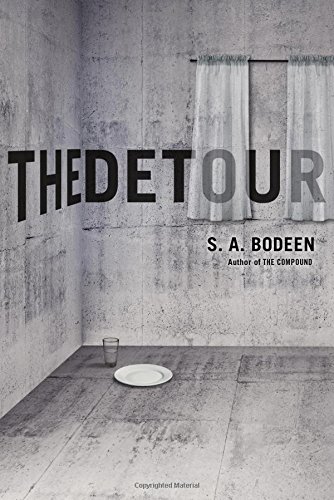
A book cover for The Detour; S. A. Bodeen; Teen & Young Adult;